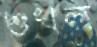
শুখল